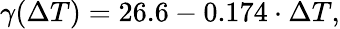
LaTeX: \gamma(\Delta T)=26.6-0.174\cdot\Delta T,